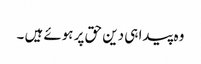
وہ پیدا ہی دین حق پر ہوئے ہیں ۔